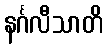
နင်္ဂလီသာတိ